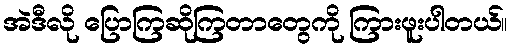
အဲဒီလို ပြောကြဆိုကြတာတွေကို ကြားဖူးပါတယ်။